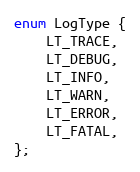
Language: C
enum LogType {
	LT_TRACE,
	LT_DEBUG,
	LT_INFO,
	LT_WARN,
	LT_ERROR,
	LT_FATAL,
};